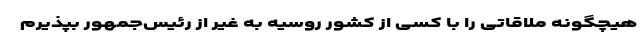
هیچگونه ملاقاتی را با کسی از کشور روسیه به غیر از رئیس‌جمهور بپذیرم